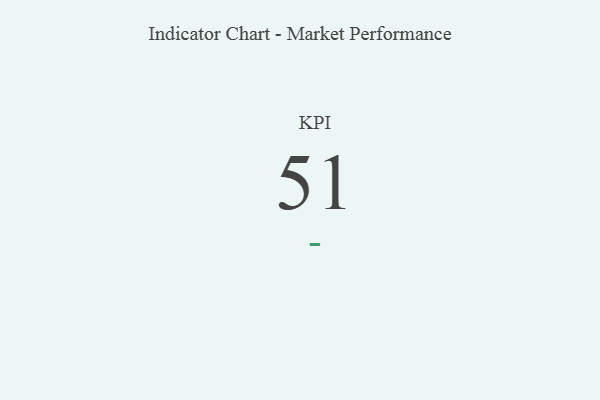
{"axis": {"x": "KPI", "y": "Value"}, "legend": [""], "data": [{"x": "KPI", "y": 51, "type": ""}]}